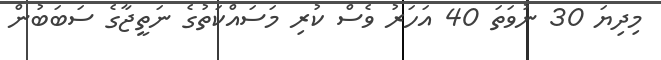
މިދިޔަ 30 ނުވަތަ 40 އަހަރު ވެސް ކުރި މަސައްކަތުގެ ނަތީޖާގެ ސަބަބުން